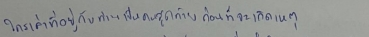
ใครเล่าที่อยู่กับท่านเป็นคนสุดท้ายก่อนที่จะเกิดเหตุ?